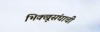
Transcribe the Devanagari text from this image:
भिक्खूसंघाची